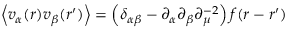
\left\langle v _ { \alpha } ( r ) v _ { \beta } ( r ^ { \prime } ) \right\rangle = \left( \delta _ { \alpha \beta } - \partial _ { \alpha } \partial _ { \beta } \partial _ { \mu } ^ { - 2 } \right) f ( r - r ^ { \prime } )